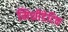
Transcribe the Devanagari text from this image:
मिथ्रीडेटिक